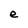
Character: e